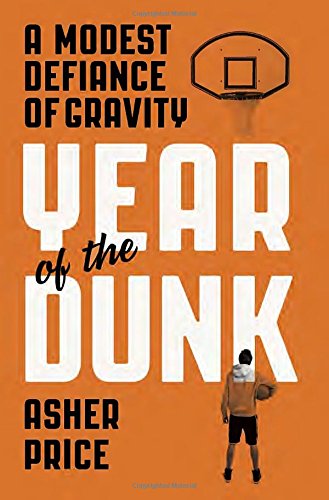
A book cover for Year of the Dunk: A Modest Defiance of Gravity; Asher Price; Biographies & Memoirs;